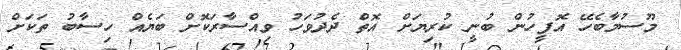
މޫސުމާބެހޭ އޮފީހުން ބުނީ ކުރިޔަށް އޮތް ދެދުވަހު ވިއްސާރަކޮށް ބަޔެއް ހިސާބު ތަކަށް